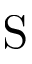
\mathrm { S }